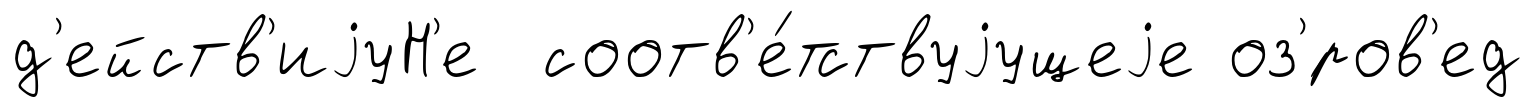
д'ейств'иjуН'е соотв'е́тствуjущеjе оз'́ров'ед